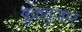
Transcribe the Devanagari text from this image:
षुक्रग़ुजार